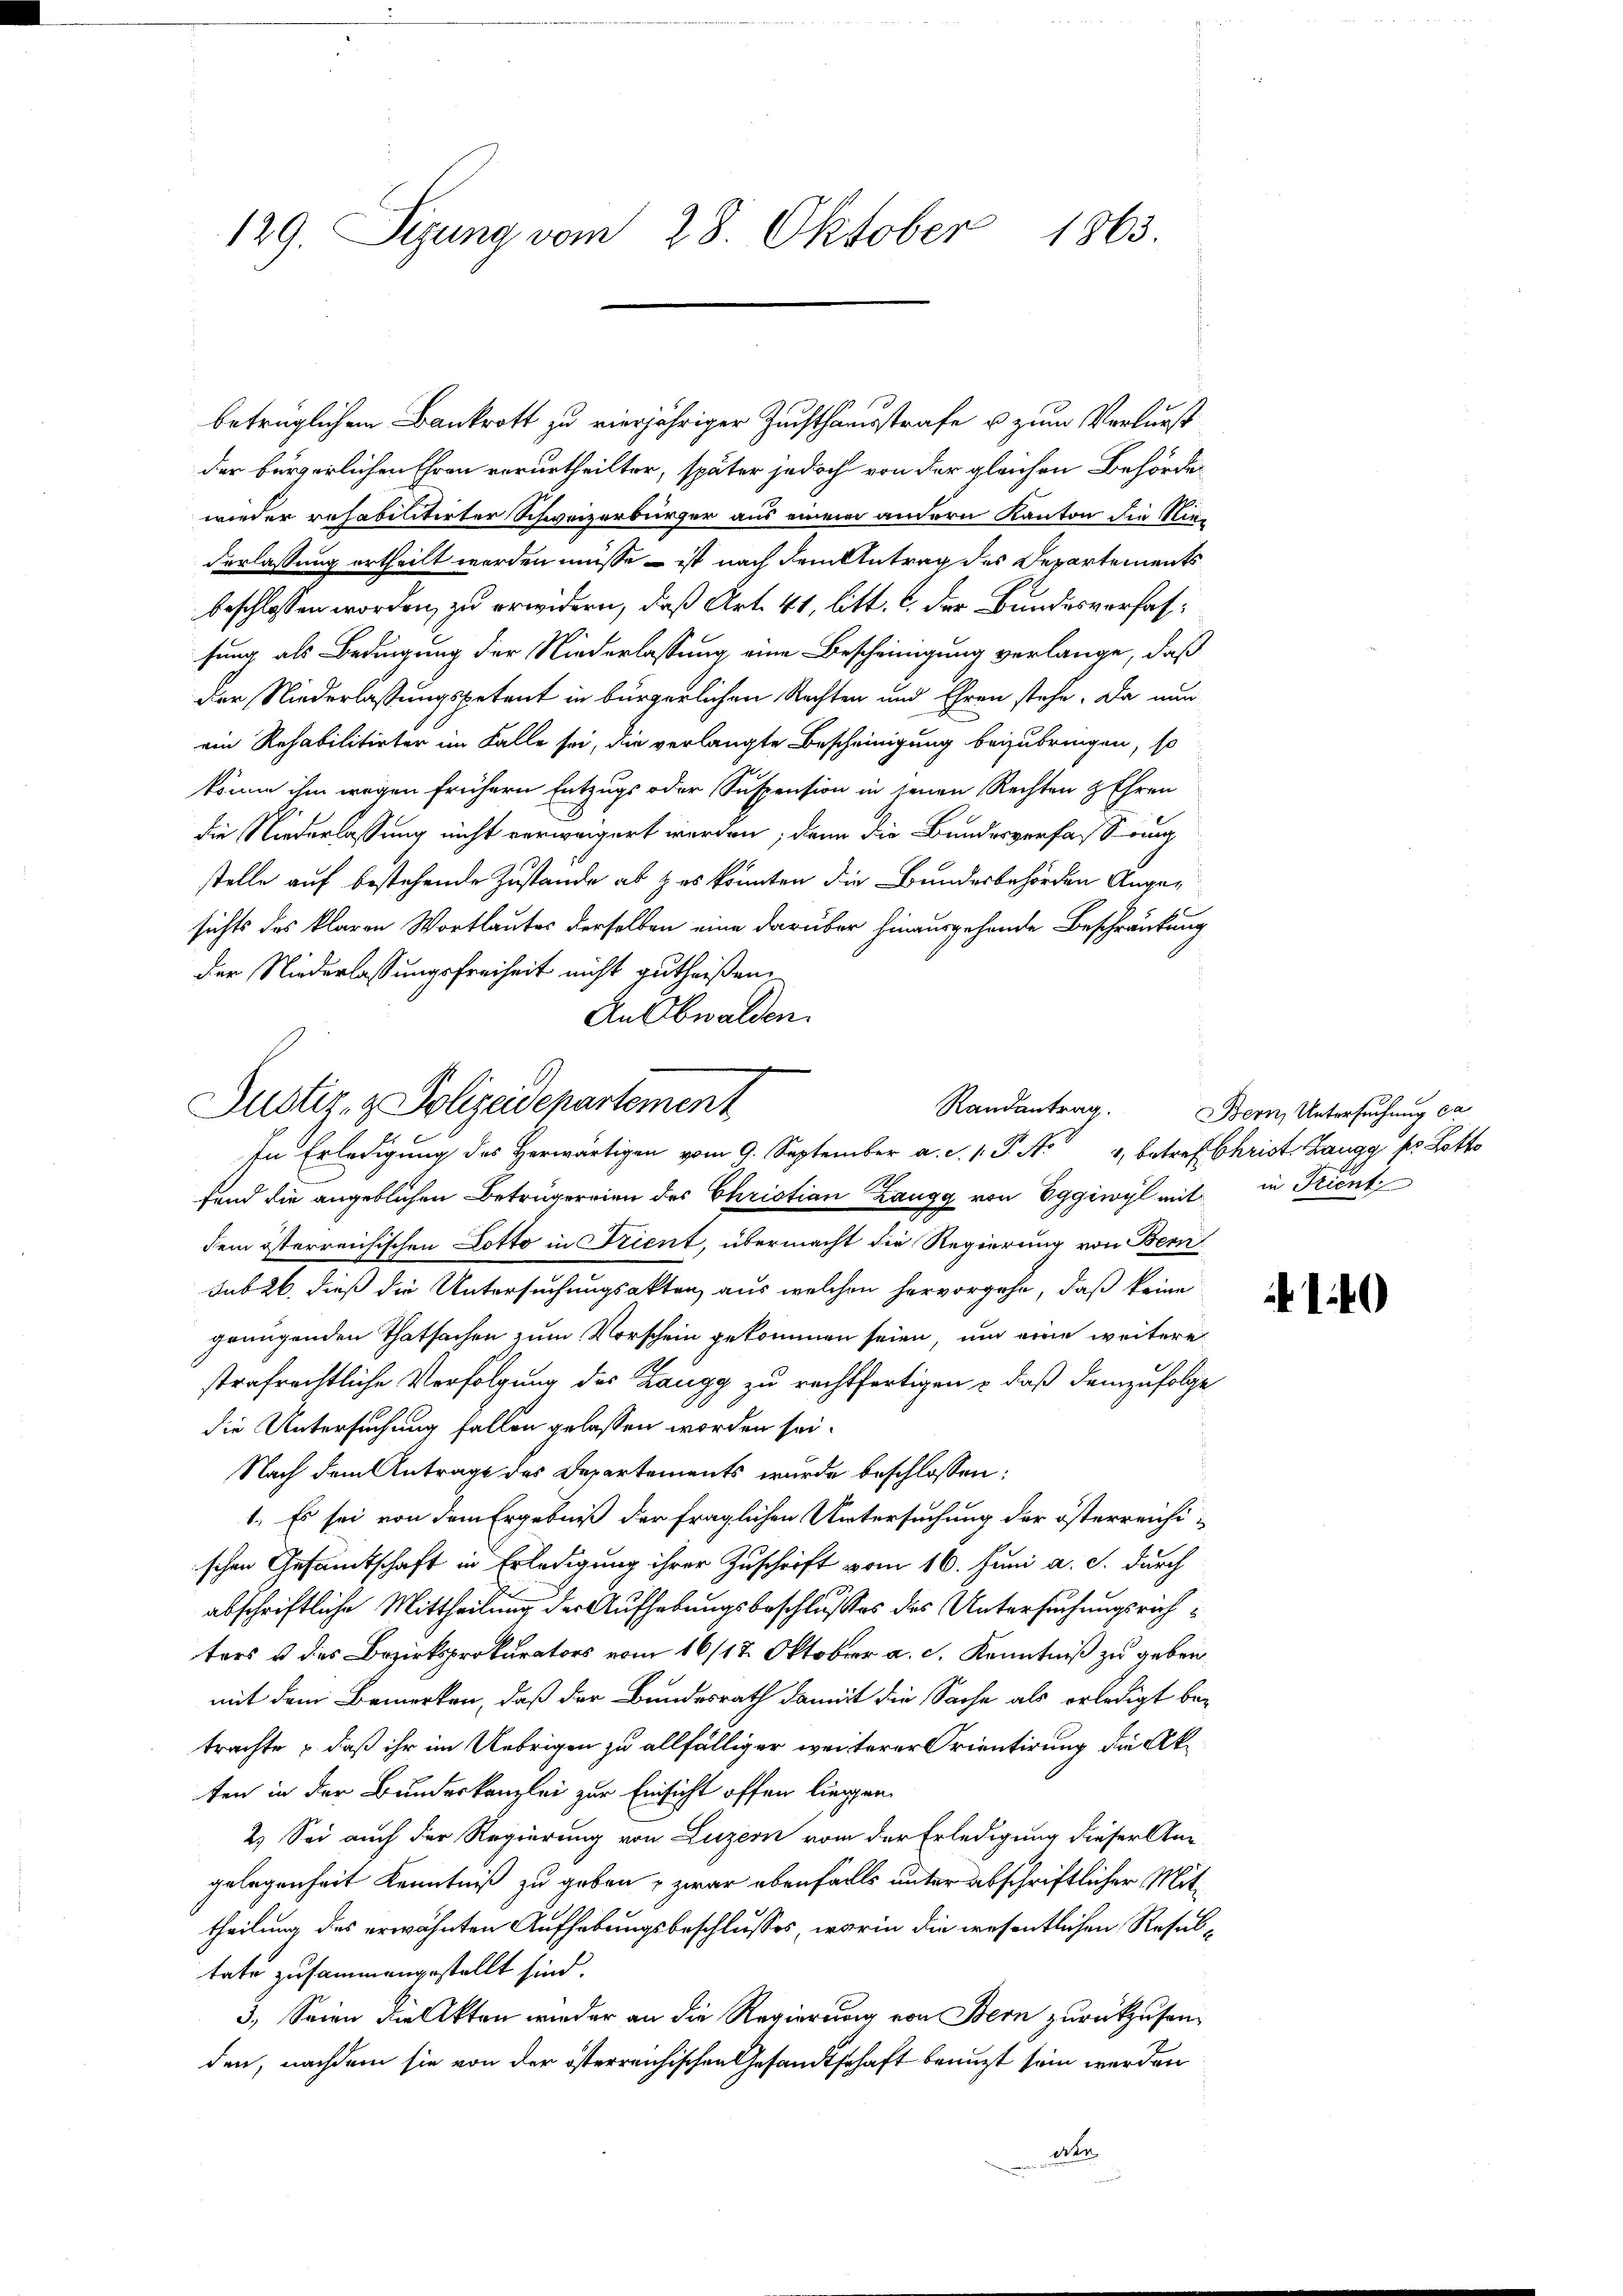
129. Sizung vom 28. Oktober 1863.

betrüglichen Bankrott zu vierjähriger Zuchthausstrafe u zum Verlurst
der bürgerlichen Ehren verurtheilter, später jedoch von der gleichen Behörde
wieder rehabilitirter Schweizerbürger aus einem andern Kanton die Nie-
derlassung ertheilt werden müsse – ist nach dem Antrag des Departements
beschlossen worden, zu erwidern, daß Art. 41, litt. c. der Bundesverhafsung als Bedingung der Niederlassung eine Bescheinigung verlange, daß
Der Niederlassungspetent in bürgerlichen Rechten und Ehren stehe. Da nun
ein Rehabilitirter im Falle sei, die verlangte Bescheinigung beizubringen, so
könne ihm wegen frühern Entzugs oder Suspension in jenen Rechten & Ehren
die Niederlassung nicht verweigert werden; dann die Bundesverfassung
stelle auf bestehende Zustande ab & es könnten die Bundesbehörden Angesichts des klaren Wortlautes derselben eine darüber hinausgehende Beschränkung
der Niederlassungsfreiheit nicht gutheißen,
An Obwalden.

Justiz- & Polizeidepartement
Randantrag.
In Erledigung des herwärtigen vom 9. September a. c. l. J. A. 4, betref Christ. Zangg ss Lotto

fend die angeblichen Betrügereien des Christian Zangg von Eggiwyl mit in Kunt
dem österreichischen Dotto in Trient, übermacht die Regierung von Bern
sub 26. dieß die Untersuchungsakten, aus welchen hervorgehe, daß keine
genügenden Thatsachen zum Vorschein gekommen seien, um eine weitere
strafrechtliche Verfolgung des Zangg zu rechtfertigen – daß demzufolge
die Untersuchung fallen gelassen worden sei.
Nach dem Antrage des Departements wurde beschlossen:
1. Es sei von dem Ergebniß der fraglichen Untersuchung der österreichischen Gesamtschaft in Erledigung ihrer Zuschrift vom 16. Juni a. c. durch
abschriftliche Mittheilung der Aufhebungsbeschlußes des Untersuchungsrichters u. des Bezirksprokurators vom 16/17. Oktober a. c. Kenntniß zu geben.
mit dem Bemerken, daß der Bundesrath damit die Sache als erledigt betrachte & daß ihr im Uebrigen zu allfälliger weiterer Orientirung die Akten in der Bundeskanzlei zur Einsicht offen liegen.
2.) Sei auch der Regierung von Luzern vom der Erledigung dieser An-
gelegenheit Kenntniß zu geben, zwar ebenfalls unter abschriftlicher Mittheilung des erwähnten Aufhebungsbeschlusses, worin die wesentlichen Resultate zusammengestellt sind.
3. Seien die Akten wieder an die Regierung von Bern zurückzusenden, nachdem sie von der österreichischen Gesandtschaft benuzt sein werden
den

Bern, Untersuchung ca

10